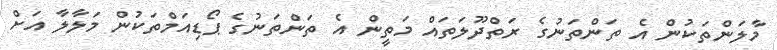
މާލަންތަކުން އެ ތަންތަނުގެ ރަތްދޫލަތައް މަތީން އެ ތަންތަނުގެ ޕޯޑިއަމްތަކުން މަލާލާ އަށް